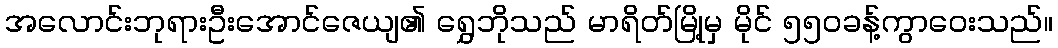
အလောင်းဘုရားဦးအောင်ဇေယျ၏ ရွှေဘိုသည် မာရိတ်မြို့မှ မိုင် ၅၅၀ခန့်ကွာဝေးသည်။